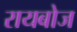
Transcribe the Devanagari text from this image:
रायबोज